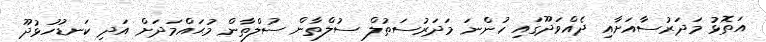
އަތޮޅު މަދަރުސާއަށާއި ދެއްވަދޫގައި ހުންނަ މަދަރުސަތުލް ސުލްތާން ސުލްތާން މުޙައްމަދަށް އަދި ކަނޑުހުޅުދޫ